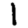
Digit: 1